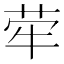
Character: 荦